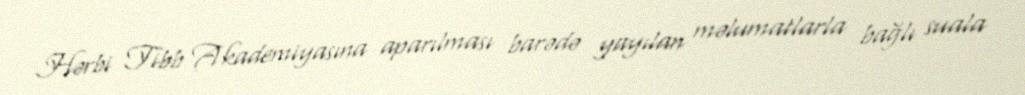
Hərbi Tibb Akademiyasına aparılması barədə yayılan məlumatlarla bağlı suala